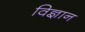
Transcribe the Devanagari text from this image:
विज्ञान